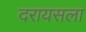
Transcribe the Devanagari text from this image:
दरायसला